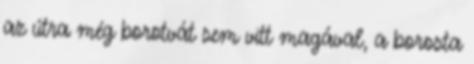
az útra még borotvát sem vitt magával, a borosta